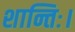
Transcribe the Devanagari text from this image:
शान्तिः।